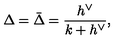
\Delta = \bar { \Delta } = \frac { h ^ { \vee } } { k + h ^ { \vee } } ,